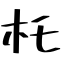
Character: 杔